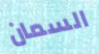
السمان